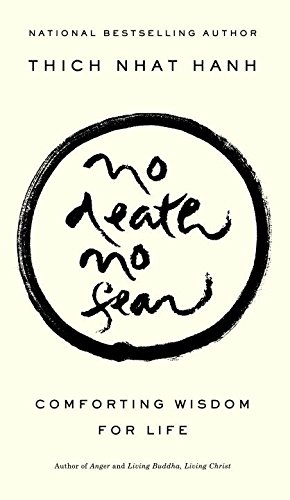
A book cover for No Death, No Fear: Comforting Wisdom for Life; Thich Nhat Hanh; Self-Help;